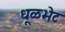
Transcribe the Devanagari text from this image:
धूळभेट